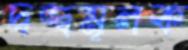
দ্বন্দ্বমূলক